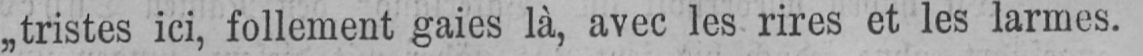
„tristes ici, follement gaies là, avec les rires et les larmes.